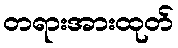
တရားအားထုတ်